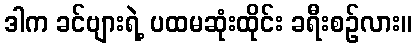
ဒါက ခင်ဗျားရဲ့ ပထမဆုံးထိုင်း ခရီးစဉ်လား။